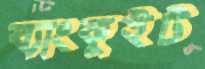
ব্যাংকুইট